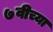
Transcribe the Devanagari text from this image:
७वीच्या